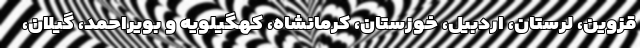
قزوین، لرستان، اردبیل، خوزستان، کرمانشاه، کهگیلویه و بویراحمد، گیلان،